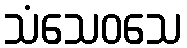
သံသေဝသေ